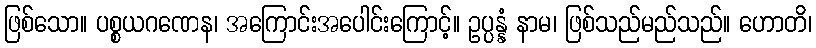
ဖြစ်သော။ ပစ္စယဂဏေန၊ အကြောင်းအပေါင်းကြောင့်။ ဥပ္ပန္နံ နာမ၊ ဖြစ်သည်မည်သည်။ ဟောတိ၊